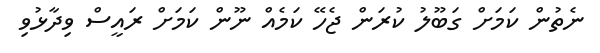
ނެތުން ކަމަށް ގަބޫލު ކުރަން ޖެހޭ ކަމެއް ނޫން ކަމަށް ރައީސް ވިދާޅުވި